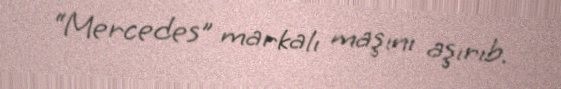
“Mercedes” markalı maşını aşırıb.